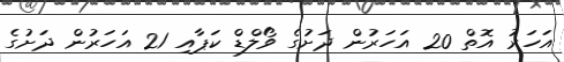
އަހަރު އޮތް 20 އަަހަރުން ދަށުގެ ވޯލްޑް ކަޕާއި 21 އަހަރުން ދަށުގެ